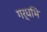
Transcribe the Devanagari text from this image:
गर्धभि